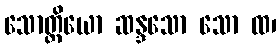
သောတ္တိယော ဆန္ဒသော သော ထ၊